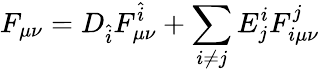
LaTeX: F_{\mu\nu}=D_{\hat{i}}F_{\mu\nu}^{\hat{i}}+\sum_{i\not=j}E_{j}^{i}F_{i\mu\nu}^{j}